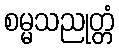
စမ္မသညုတ္တံ